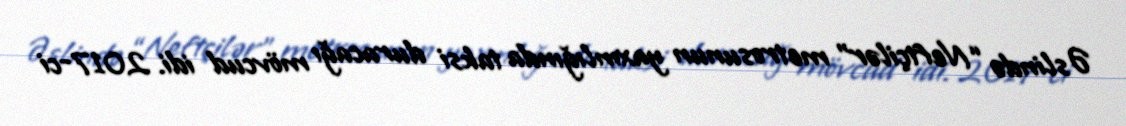
Əslində “Neftçilər” metrosunun yaxınlığında taksi duracağı mövcud idi. 2017-ci